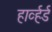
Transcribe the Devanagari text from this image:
हार्व्हर्ड